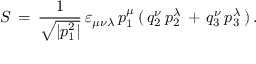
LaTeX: S \, = \, \frac { 1 } { \sqrt { | p _ { 1 } ^ { 2 } | } } \, \varepsilon _ { \mu \nu \lambda } \, p _ { 1 } ^ { \mu } \, ( \, q _ { 2 } ^ { \nu } \, p _ { 2 } ^ { \lambda } \, + \, q _ { 3 } ^ { \nu } \, p _ { 3 } ^ { \lambda } \, ) \, { . }